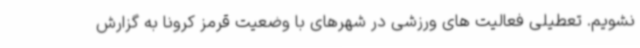
نشویم. تعطیلی فعالیت های ورزشی در شهرهای با وضعیت قرمز کرونا به گزارش